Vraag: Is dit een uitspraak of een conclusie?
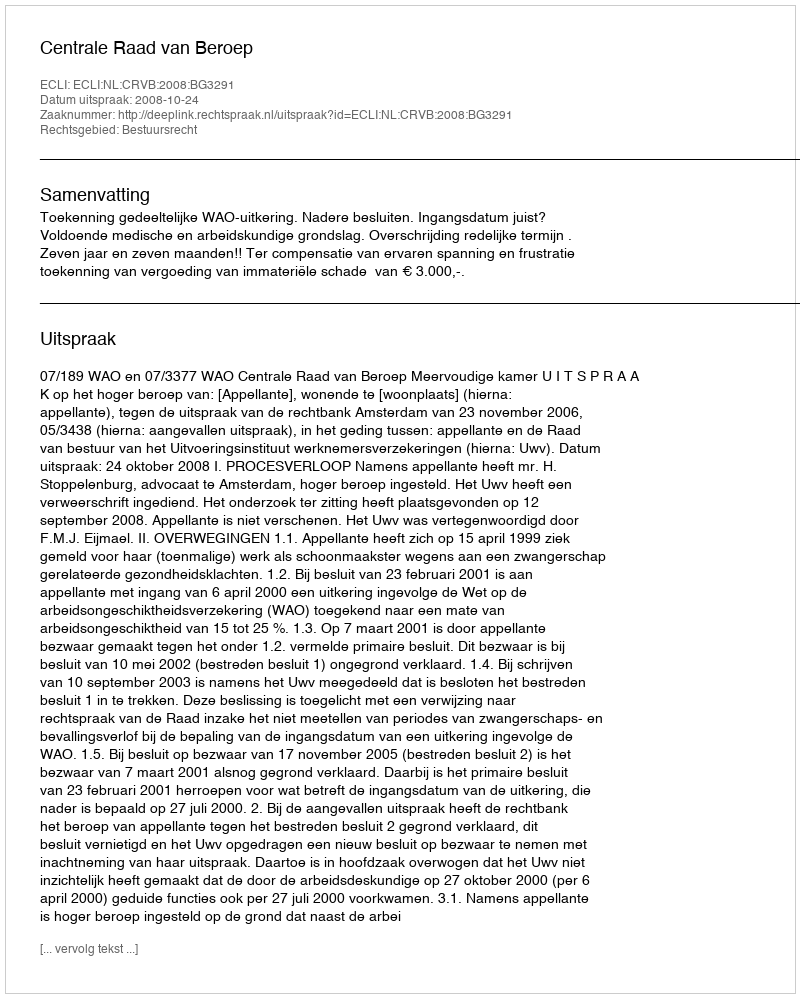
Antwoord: Uitspraak